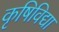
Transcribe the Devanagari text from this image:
कृषिविद्या